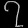
Digit: ၇